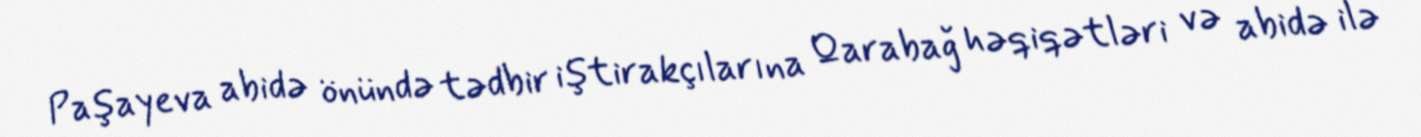
Paşayeva abidə önündə tədbir iştirakçılarına Qarabağ həqiqətləri və abidə ilə